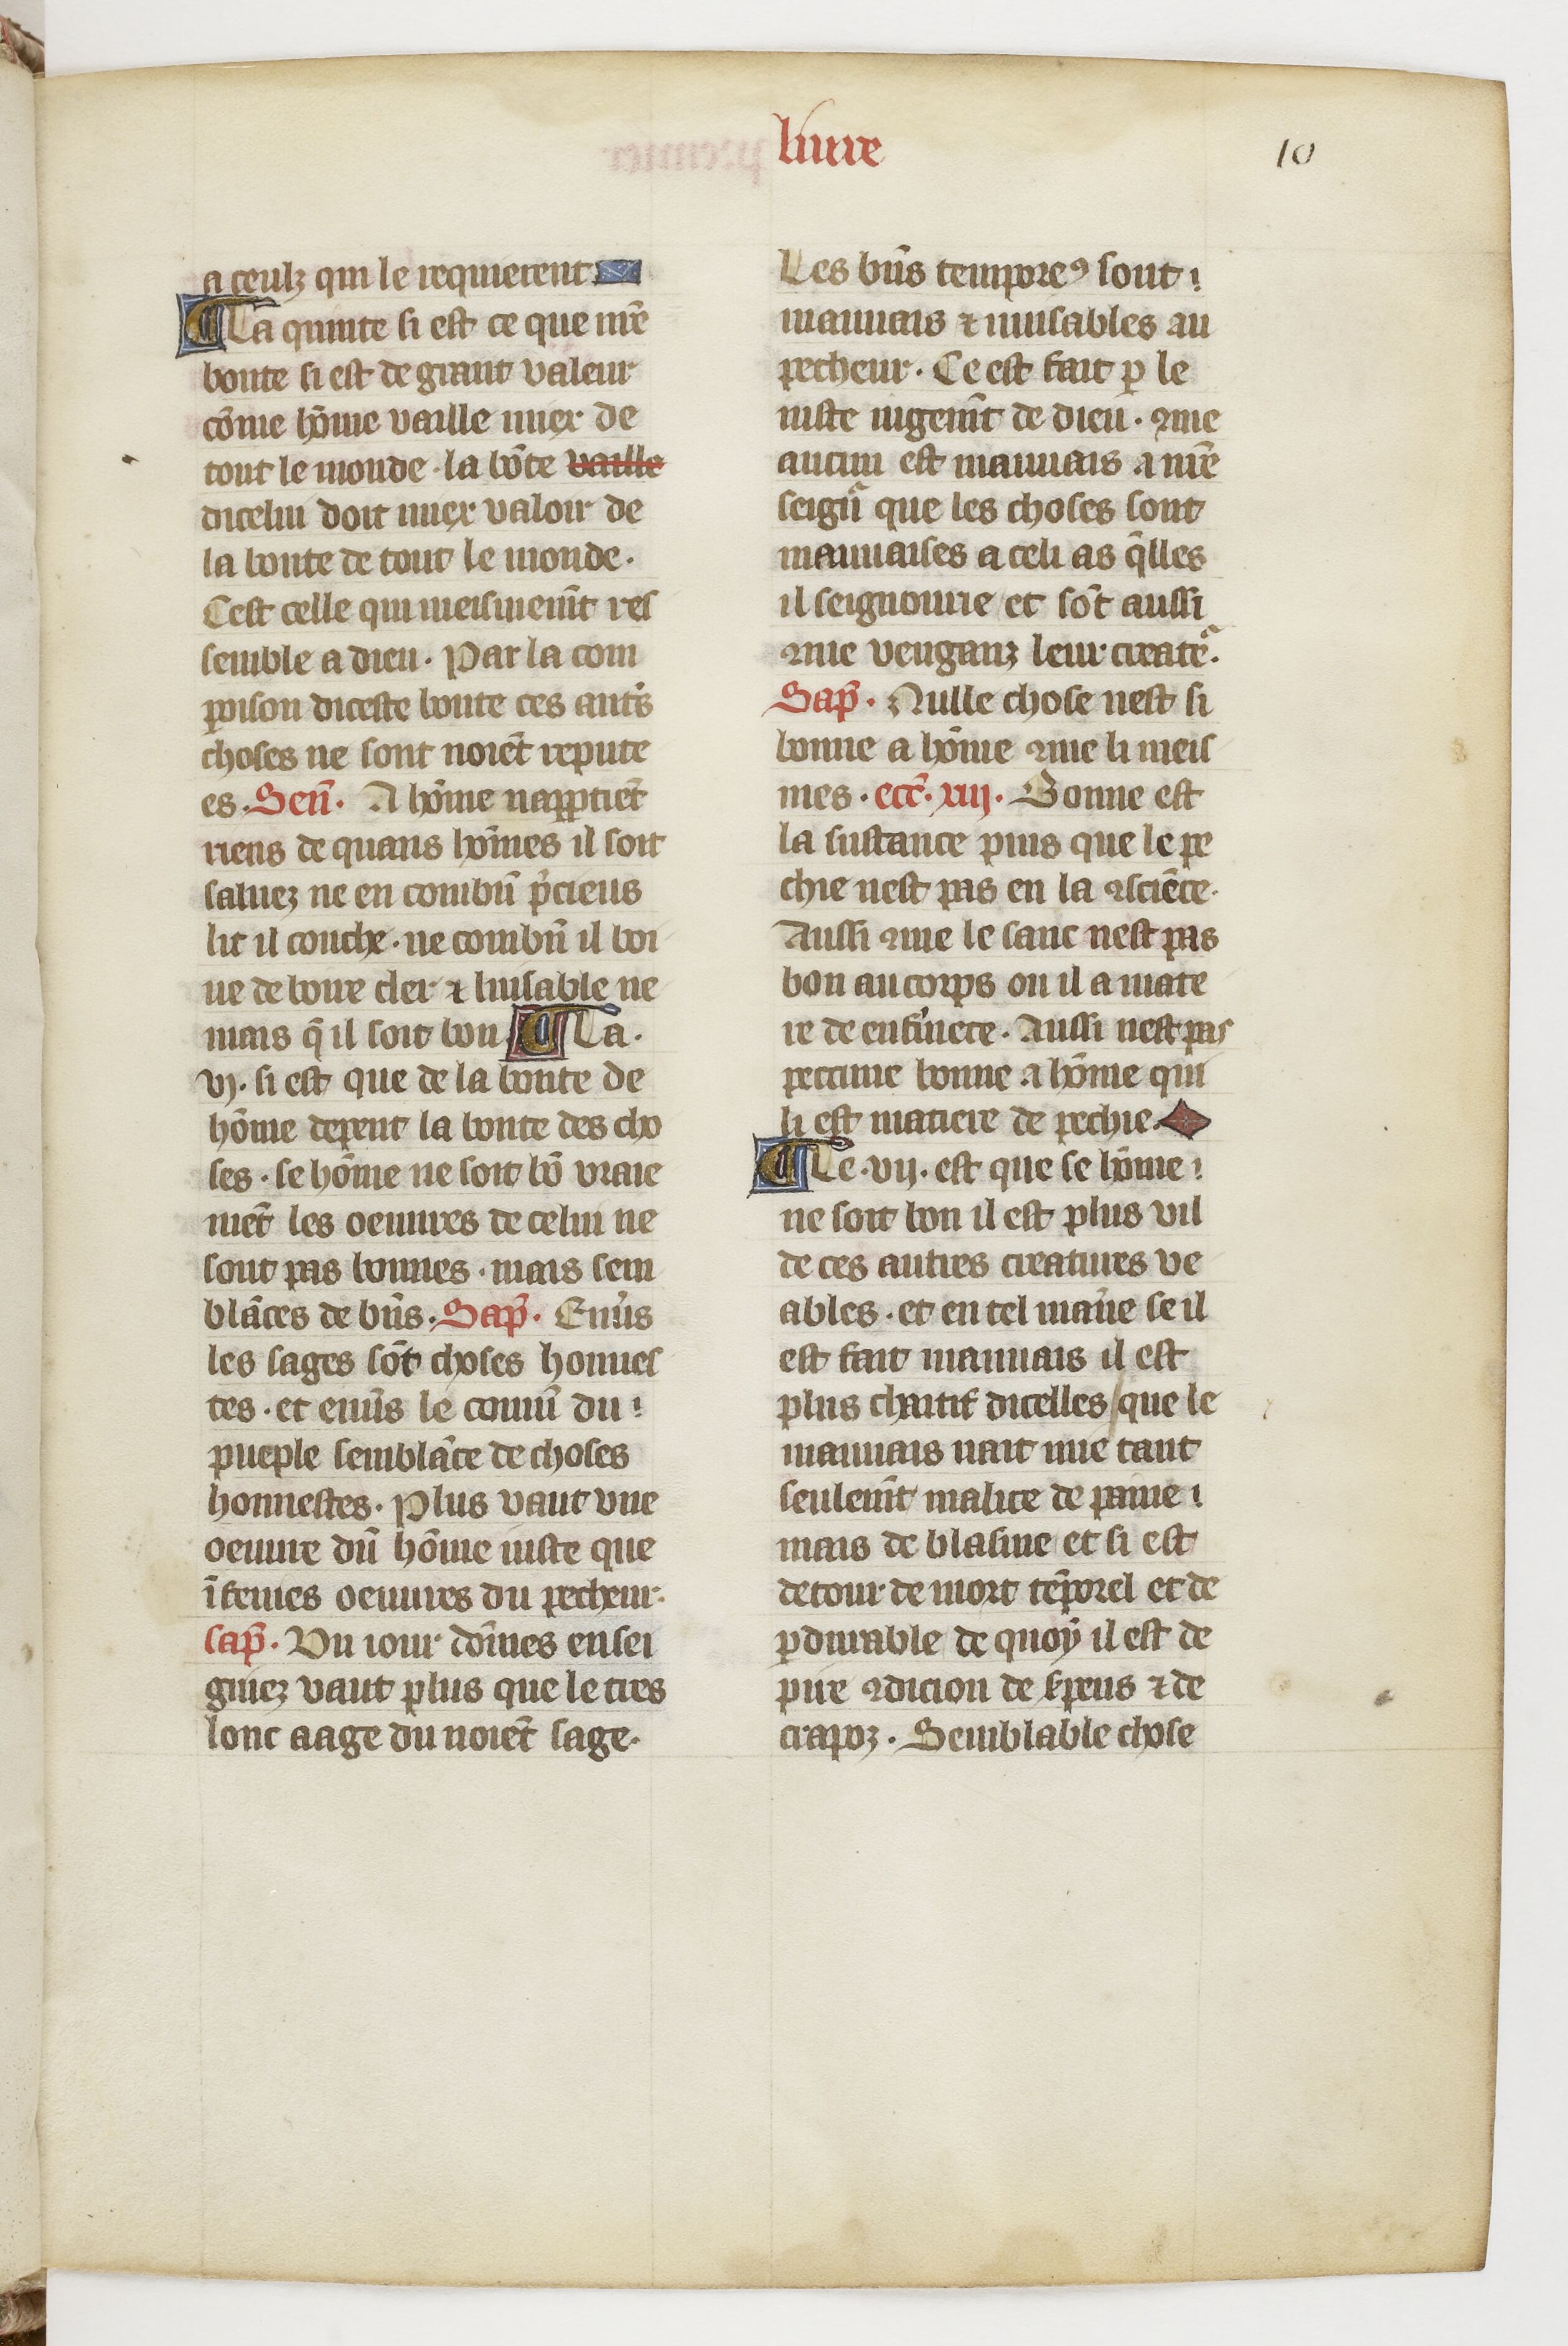
Shelfmark: Paris, BnF, fr. 1728
Century: 14